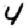
Digit: 4